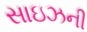
સાઇઝની